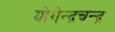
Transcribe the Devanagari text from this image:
योगेन्द्रचन्द्र